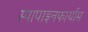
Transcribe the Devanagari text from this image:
स्पापाइनफार्याम